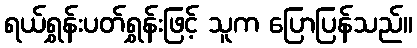
ရယ်ရွှန်းပတ်ရွှန်းဖြင့် သူက ပြောပြန်သည်။